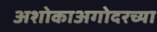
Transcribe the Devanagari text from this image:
अशोकाअगोदरच्या